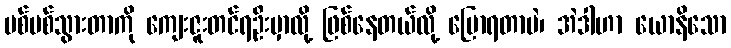
ပစ်ပစ်သွားတာကို ကျေးဇူးတင်ရဦးမှာလို့ ဖြစ်နေတယ်လို့ ပြောရတာပဲ၊ အဲဒါဟာ ယောနိသော